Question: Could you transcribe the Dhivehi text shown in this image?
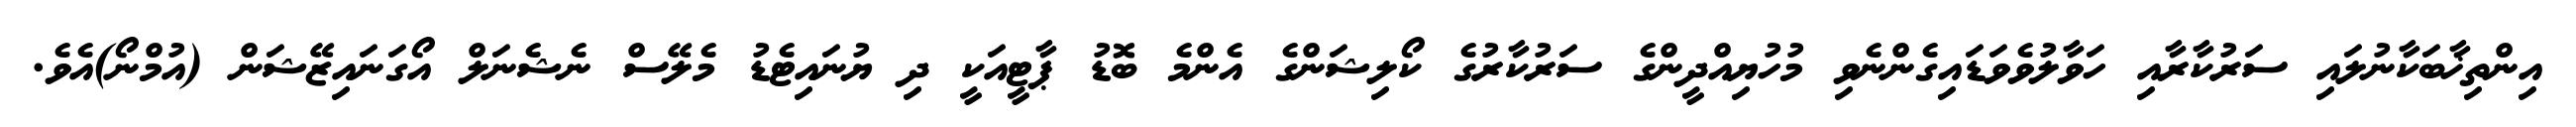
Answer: އިންތިޚާބަކާނުލައި ސަރުކާރާއި ހަވާލުވެވަޑައިގެންނެވި މުހުޔިއްދީންގެ ސަރުކާރުގެ ކޯލިޝަންގެ އެންމެ ބޮޑު ޕާޓީއަކީ ދި ޔުނައިޓެޑު މެލޭސް ނެޝެނަލް އޯގަނައިޒޭޝަން (އުމްނޯ)އެވެ.